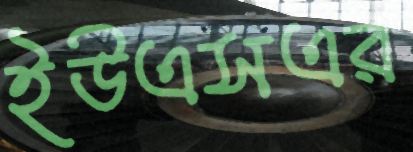
ইউএসএর